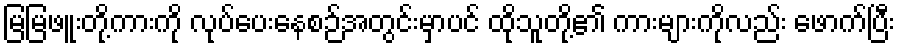
မြမြဖူးတို့ကားကို လုပ်ပေးနေစဉ်အတွင်းမှာပင် ထိုသူတို့၏ ကားများကိုလည်း ဖောက်ပြီး